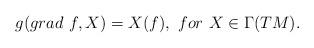
LaTeX: \begin{align*} g (grad~f, X) = X(f),~for~X \in \Gamma(TM).\end{align*}